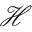
\mathcal { H }